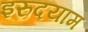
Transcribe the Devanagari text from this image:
इरुदयाम